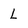
Character: L